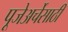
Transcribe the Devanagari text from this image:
पूजेअर्चेसाठी